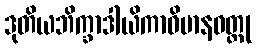
ဒုတိယဘိက္ခာဒါယိကာဝိမာနဝတ္ထု